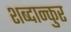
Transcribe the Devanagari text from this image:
शब्दान्कुर